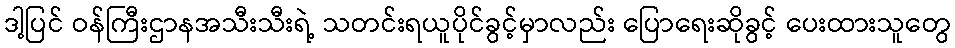
ဒါ့ပြင် ဝန်ကြီးဌာနအသီးသီးရဲ့ သတင်းရယူပိုင်ခွင့်မှာလည်း ပြောရေးဆိုခွင့် ပေးထားသူတွေ